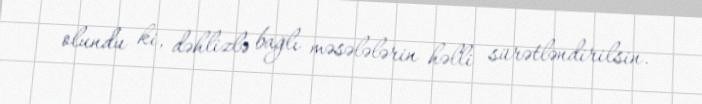
olundu ki, dəhlizlə bağlı məsələlərin həlli sürətləndirilsin.